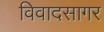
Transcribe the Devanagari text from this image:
विवादसागर